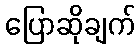
ပြောဆိုချက်